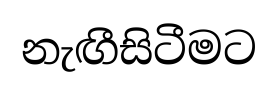
නැඟීසිටීමට